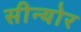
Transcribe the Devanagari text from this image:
सीन्योर